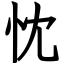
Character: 忱